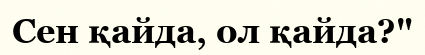
Сен қайда, ол қайда?"